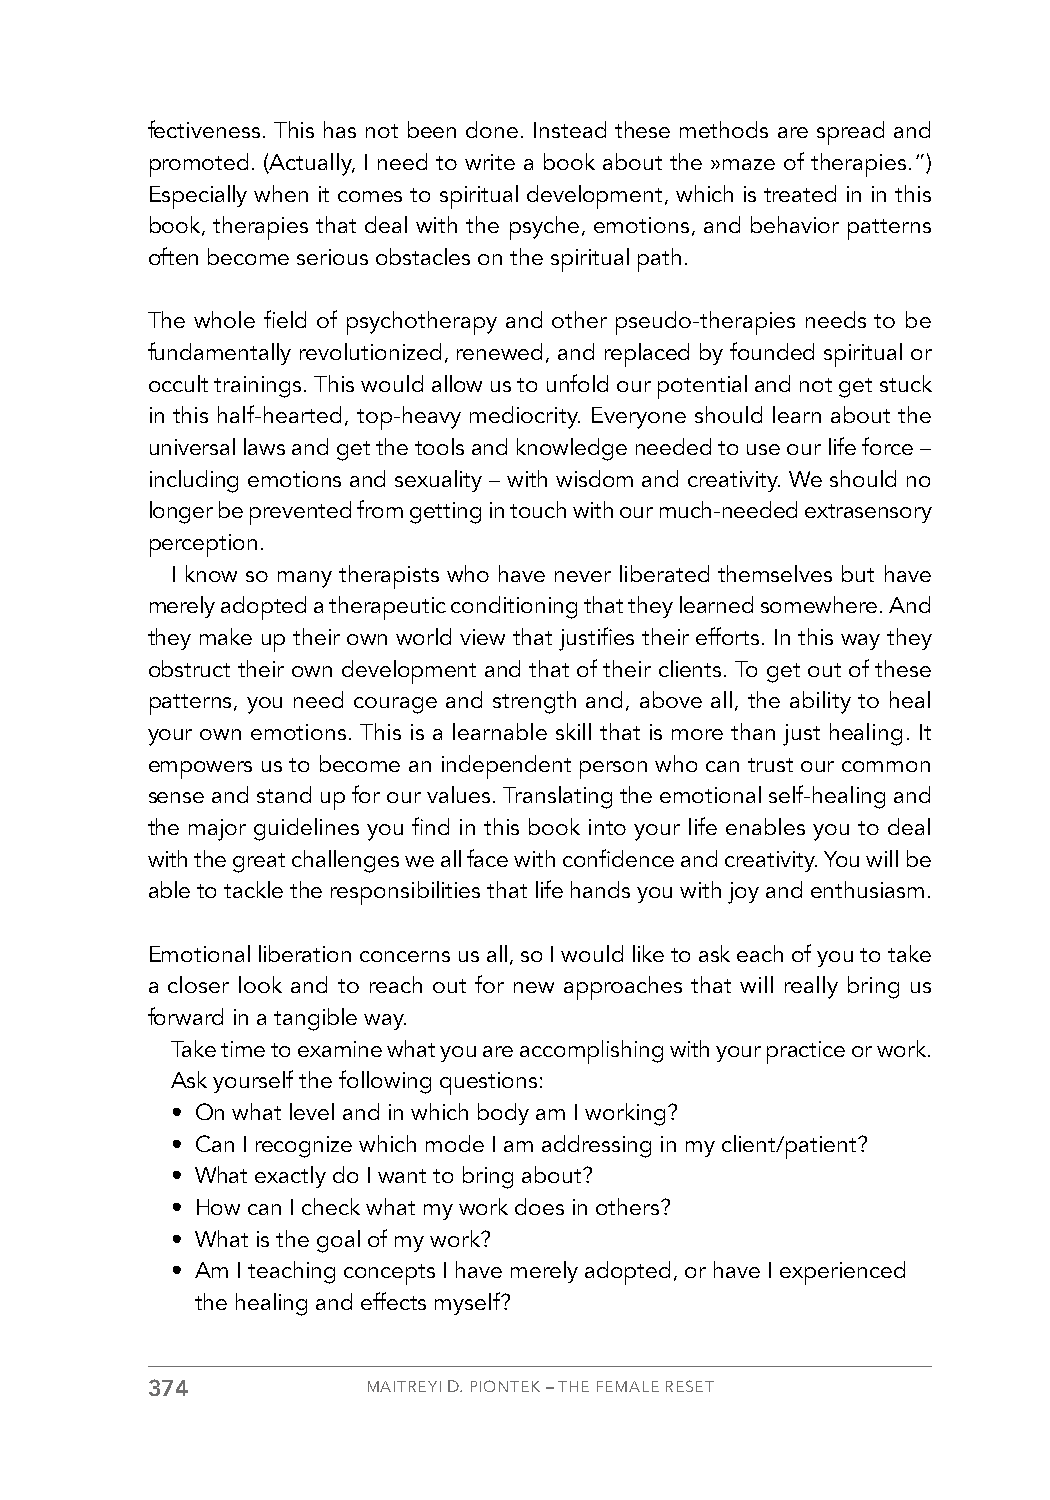
fectiveness. This has not been done. Instead these methods are spread and
 promoted. (Actually, I need to write a book about the »maze of therapies.”)
 Especially when it comes to spiritual development, which is treated in in this
 book, therapies that deal with the psyche, emotions, and behavior patterns
 often become serious obstacles on the spiritual path.
 The whole field of psychotherapy and other pseudo-therapies needs to be
 fundamentally revolutionized, renewed, and replaced by founded spiritual or
 occult trainings. This would allow us to unfold our potential and not get stuck
 in this half-hearted, top-heavy mediocrity. Everyone should learn about the
 universal laws and get the tools and knowledge needed to use our life force –
 including emotions and sexuality – with wisdom and creativity. We should no
 longer be prevented from getting in touch with our much-needed extrasensory
 perception.
 I know so many therapists who have never liberated themselves but have
 merely adopted a therapeutic conditioning that they learned somewhere. And
 they make up their own world view that justifies their efforts. In this way they
 obstruct their own development and that of their clients. To get out of these
 patterns, you need courage and strength and, above all, the ability to heal
 your own emotions. This is a learnable skill that is more than just healing. It
 empowers us to become an independent person who can trust our common
 sense and stand up for our values. Translating the emotional self-healing and
 the major guidelines you find in this book into your life enables you to deal
 with the great challenges we all face with confidence and creativity. You will be
 able to tackle the responsibilities that life hands you with joy and enthusiasm.
 Emotional liberation concerns us all, so I would like to ask each of you to take
 a closer look and to reach out for new approaches that will really bring us
 forward in a tangible way.
 Take time to examine what you are accomplishing with your practice or work.
 Ask yourself the following questions:
 • On what level and in which body am I working?
 • Can I recognize which mode I am addressing in my client/patient?
 • What exactly do I want to bring about?
 • How can I check what my work does in others?
 • What is the goal of my work?
 • Am I teaching concepts I have merely adopted, or have I experienced
 the healing and effects myself?
 374           MAITREYI D. PIONTEK – THE FEMALE RESET